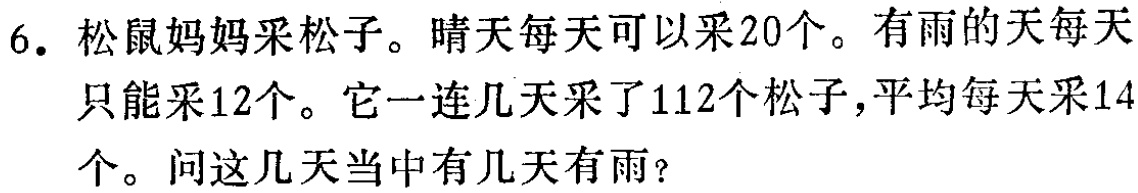
6. 松鼠妈妈采松子。晴天每天可以采20个。有雨的天每天只能采12个。它一连几天采了112个松子，平均每天采14个。问这几天当中有几天有雨？